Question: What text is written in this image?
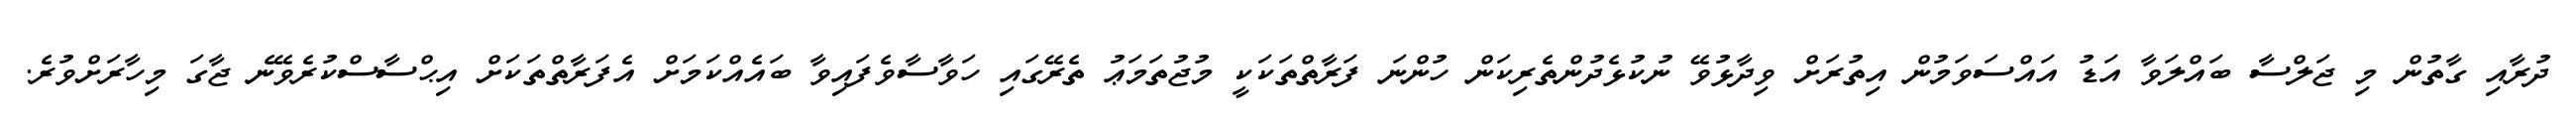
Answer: ދުރާއި ގާތުން މި ޖަލްސާ ބައްލަވާ އަޑު އައްސަވަމުން އިތުރަށް ވިދާޅުވޭ ނުކުޅެދުންތެރިކަން ހުންނަ ފަރާތްތަކަކީ މުޖުތަމަޢު ތެރޭގައި ހަވާސާވެފައިވާ ބައެއްކަމަށް އެފަރާތްތަކަށް އިޙްސާސްކުރެވޭނެ ޖާގަ މިހާރަށްވުރެ.